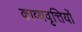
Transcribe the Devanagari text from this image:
काव्यवृत्तियों